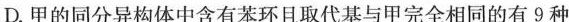
D. 甲的同分异构体中含有苯环且取代基与甲完全相同的有9种